Vaccination North-Western Provinces and Oudh 1878-1895 - 1878-1895
Year: 1878
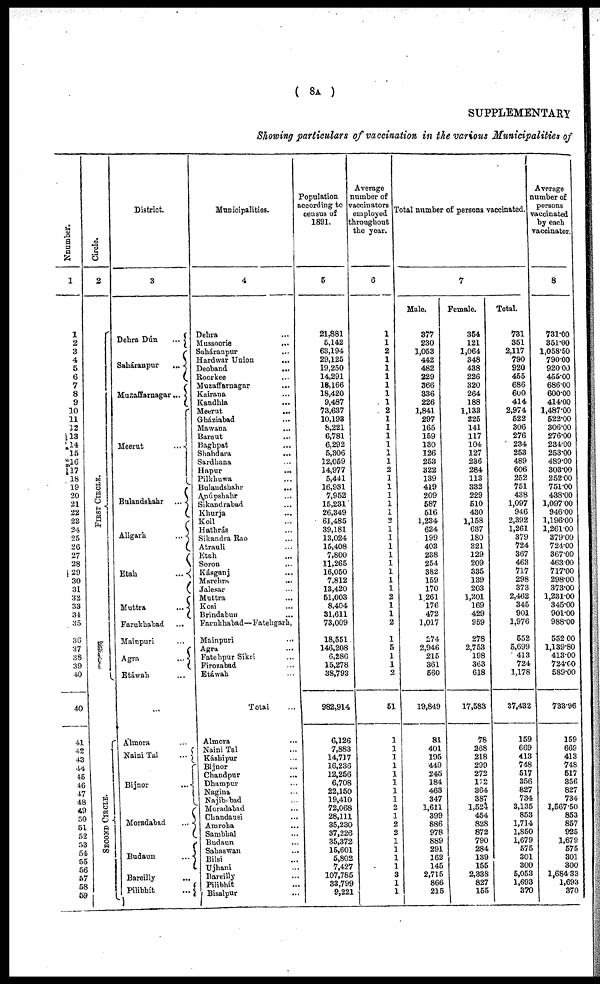
( 8A )
SUPPLEMENTARY
Showing particulars of vaccination in the various Municipalities of
Number.
1
1
2
3
4
5
6
7
8
9
10
11
13
13
14
15
16
17
18
19
20
21
22
23
24
25
26
27
28
29
30
31
32
33
34
35
36
37
38
39
40
40
41
42
43
44
45
46
47
48
49
50
51
52
53
54
55
56
57
58
59
Circle.
2
Fi rst Ci r cl e.
SECONS CIRCLE.
District.
3
Dehra Dún
...
Saháranpur
...
Muzaffarnagar ...
Meerut
...
Bulandshahr
...
Aligarh
...
Etah
...
Muttra
...
Farukhabad ...
Mainpuri
Agra
Etáwah ...
...
Almora ...
Naini Tal
...
Bijnor
...
Moradabad
...
Budaun
...
Bareilly ...
Pilibhít
...
Municipalities.
4
Dehra ...
Mussoorie ...
Saháranpur ...
Hardwar Union ...
Deoband
...
Roorkee ...
Muzaffarnagar ...
Kairana ...
Kandhla ...
Meerut
...
Gbáziabad ...
Mawana ...
Baraut ...
Baghpat ...
Shahdara ...
Sardhana ...
Hapur ...
Pilkhuwa ...
Bulandshahr
...
Anúpshahr ...
Sikandrabad ...
Khurja ...
Koil ...
Hathrás ...
Sikandra Rao ...
Atrauli ...
Etah ...
Soron ...
Kásganj ...
Marehra ...
Jalesar ...
Muttra ...
Kosi ...
Brindabun ...
Farukhabad—Fatehgarh,
Mainpuri ...
Agra ...
Fatehpur Sikri ...
Firozabad ...
Etáwah ...
Total ...
Almora ...
Naini Tal ...
Káshipur ...
Bijnor ...
Chandpur ...
Dhampur ...
Nagina ...
Najibabad ...
Moradabad ...
Chandausi ...
Amroha ...
Sambhal ...
Budaun ...
Sahaswan ...
Bilsi ...
Ujhani ...
Bareilly ...
Pilibhít ...
Bisalpur ...
Population
according to
census of
1891.
5
21,881
5,142
63,194
29,125
19,250
14,291
18,166
18,420
9,487
73,637
10,193
8,221
6,781
6,292
5,306
12,069
14,977
5,441
16,931
7,952
15,231
26,349
61,485
39,181
13,024
15,408
7,800
11,265
16,050
7,812
13,420
51,003
8,404
31,611
73,009
18,551
146,208
6,286
15,278
38,793
982,914
6,126
7,883
14,717
16,236
12,256
6,708
22,150
19,410
72,068
28,111
35,230
37,226
35,372
15,601
5,802
7,427
107,785
33,799
9,221
Average
number of
vaccinators
employed
throughout
the year.
6
1
1
2
1
1
1
1
1
1
2
1
I
1
1
1
1
2
1
1
1
1
1
2
1
1
1
1
1
1
1
1
2
1
1
2
1
5
1
1
2
51
1
1
1
1
1
1
1
1
2
1
2
2
1
1
1
1
3
1
1
Total number of persons vaccinated.
Male.
377
230
1,053
442
482
229
366
336
226
1,841
297
165
159
130
126
253
322
139
419
209
587
516
1,234
624
199
403
238
254
382
159
170
1,261
176
472
1,017
274
2,946
215
361
560
19,849
81
401
195
449
245
184
463
347
1,611
399
886
978
889
291
162
145
2,715
866
215
7
Female.
354
121
1,064
348
438
226
320
264
188
1,133
225
141
117
104
127
236
284
113
332
229
510
430
1,158
637
180
321
129
209
335
139
203
1,201
169
429
959
278
2,753
198
363
618
17,583
78
268
218
299
272
172
364
387
1,524
454
828
872
790
284
139
155
2,338
827
155
Total.
731
351
2,117
790
920
455
686
600
414
2,974
522
306
276
234
253
489
606
252
751
438
1,097
946
2,392
1,261
379
724
367
463
717
298
373
2,462
345
901
1,976
552
5,699
413
724
1,178
37,432
159
669
413
748
517
356
827
734
3,135
853
1,714
1,850
1,679
575
301
300
5,053
1,693
370
Average
number of
persons
vaccinated
by each
vaccinator.
8
731.00
351.00
1,058.50
790.00
920 00
455.00
686.00
600.00
414.00
1,487.00
522.00
306.00
276.00
234.00
253.00
489.00
303.00
252.00
751.00
438.00
1,097.00
946.00
1,196.00
1,261.00
379.00
724.00
367.00
463.00
717.00
298.00
373.00
1,231.00
345.00
901.00
988.00
552.00
1,139.80
413.00
724.00
589.00
733.96
159
669
413
748
517
356
827
734
1,567.50
853
857
925
1,679
575
301
300
1,684,33
1,693
370